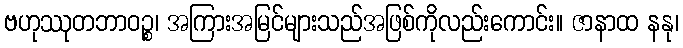
ဗဟုဿုတဘာဝဉ္စ၊ အကြားအမြင်များသည်အဖြစ်ကိုလည်းကောင်း။ ဇာနာထ နနု၊